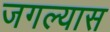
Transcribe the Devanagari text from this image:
जगल्यास